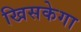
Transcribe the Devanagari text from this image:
खिसकेगा